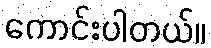
ကောင်းပါတယ်။